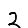
Digit: 2